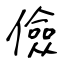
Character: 儉